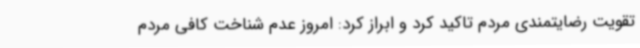
تقویت رضایتمندی مردم تاکید کرد و ابراز کرد: امروز عدم شناخت کافی مردم